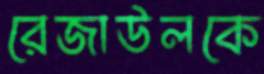
রেজাউলকে